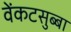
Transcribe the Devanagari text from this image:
वेंकटसुब्बा